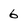
Character: 6